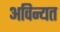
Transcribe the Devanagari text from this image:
अविन्यत